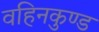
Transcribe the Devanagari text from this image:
वहिनकुण्ड